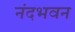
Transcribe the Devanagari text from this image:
नंदभवन